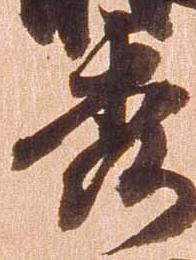
秀